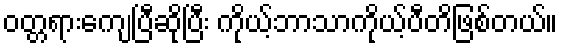
ဝတ္တရားကျေပြီဆိုပြီး ကိုယ့်ဘာသာကိုယ့်ပီတိဖြစ်တယ်။